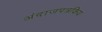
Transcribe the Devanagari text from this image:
अंदाजपत्रकिय